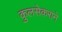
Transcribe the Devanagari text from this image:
कुलसेकराने